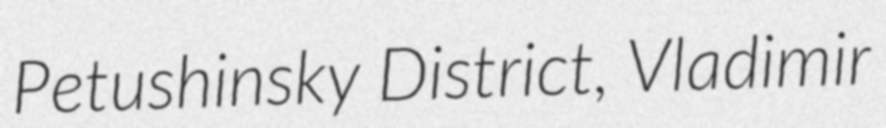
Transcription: Petushinsky District, Vladimir